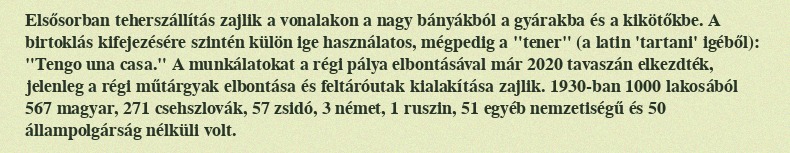
Elsősorban teherszállítás zajlik a vonalakon a nagy bányákból a gyárakba és a kikötőkbe. A birtoklás kifejezésére szintén külön ige használatos, mégpedig a "tener" (a latin 'tartani' igéből): "Tengo una casa." A munkálatokat a régi pálya elbontásával már 2020 tavaszán elkezdték, jelenleg a régi műtárgyak elbontása és feltáróutak kialakítása zajlik. 1930-ban 1000 lakosából 567 magyar, 271 csehszlovák, 57 zsidó, 3 német, 1 ruszin, 51 egyéb nemzetiségű és 50 állampolgárság nélküli volt.